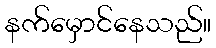
နက်မှောင်နေသည်။